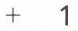
+   1